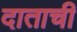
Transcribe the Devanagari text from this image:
दाताची